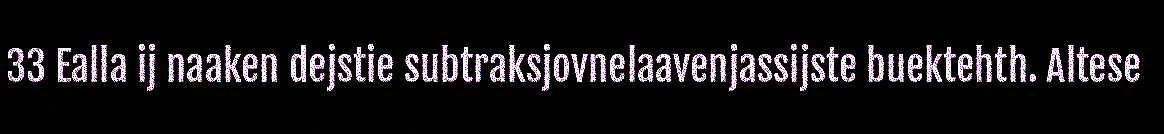
33 Ealla ij naaken dejstie subtraksjovnelaavenjassijste buektehth. Altese